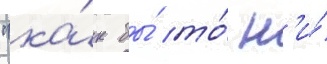
"ка́к бы́ то́ н'и́